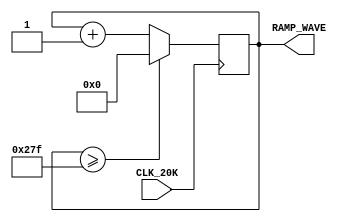
`timescale 1ns / 1ps
//////////////////////////////////////////////////////////////////////////////////
// Company: 
// Engineer: 
// 
// Design Name: 
// Module Name: TestWave_Gen
// Project Name: 
// Target Devices: 
// Tool Versions: 
// Description: 
// 
// Dependencies: 
// 
// Revision:
// Revision 0.01 - File Created
// Additional Comments:
// 
//////////////////////////////////////////////////////////////////////////////////

module TestWave_Gen(
    input CLK_20K,
    output reg [9:0] RAMP_WAVE = 0
    );
    
    always @ (posedge CLK_20K) begin
        RAMP_WAVE <= (RAMP_WAVE >= 639) ? 0 : (RAMP_WAVE + 1);
    end
    
endmodule